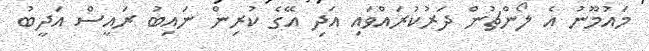
މައުމޫނު އެ ލޯންޗުން ދަރުކުރައްވައި އަދި އޭގެ ކުރިން ނައިބު ރައީސް އަދީބު